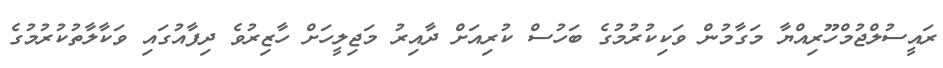
ރައީސުލްޖުމްހޫރިއްޔާ މަގާމުން ވަކިކުރުމުގެ ބަހުސް ކުރިއަށް ދާއިރު މަޖިލީހަށް ހާޒިރުވެ ދިފާއުގައި ވަކާލާތުކުރުމުގެ